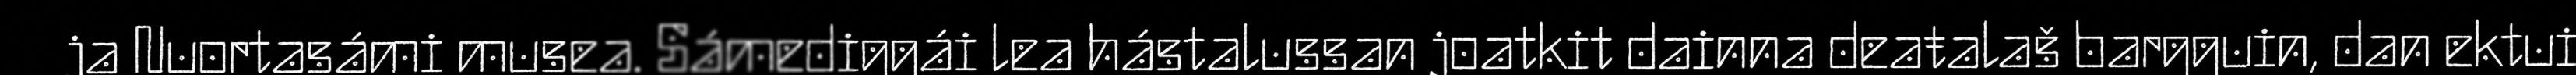
ja Nuortasámi musea. Sámediggái lea hástalussan joatkit dainna deaŧalaš bargguin, dan ektui